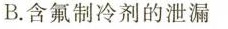
B.含氟制冷剂的泄漏